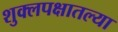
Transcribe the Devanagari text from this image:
शुक्लपक्षातल्या